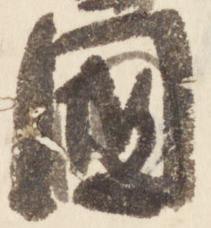
国